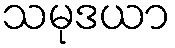
သမုဒယာ